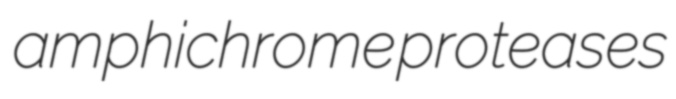
amphichrome proteases